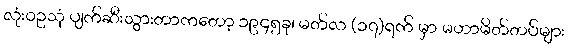
လုံးဝဥသုံ ပျက်ဆီးသွားတာကတော့ ၁၉၄၅ခု၊ မတ်လ (၁၇)ရက် မှာ မဟာမိတ်တပ်များ